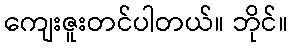
ကျေးဇူးတင်ပါတယ်။ ဘိုင်။